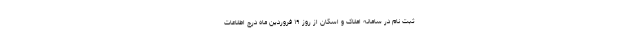
ثبت ‌نام در سامانه املاک و اسکان از روز ۱۹ فروردین ماه درج اطلاعات